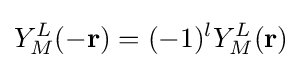
Y_{M}^{L}(-\mathbf {r} )=(-1)^{l}Y_{M}^{L}(\mathbf {r} )